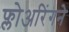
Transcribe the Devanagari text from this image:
फ्लोअरिंगने